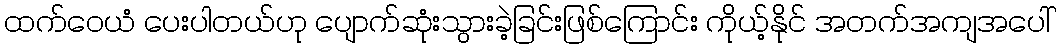
ထက်ဝေယံ ပေးပါတယ်ဟု ပျောက်ဆုံးသွားခဲ့ခြင်းဖြစ်ကြောင်း ကိုယ့်နိုင် အတက်အကျအပေါ်